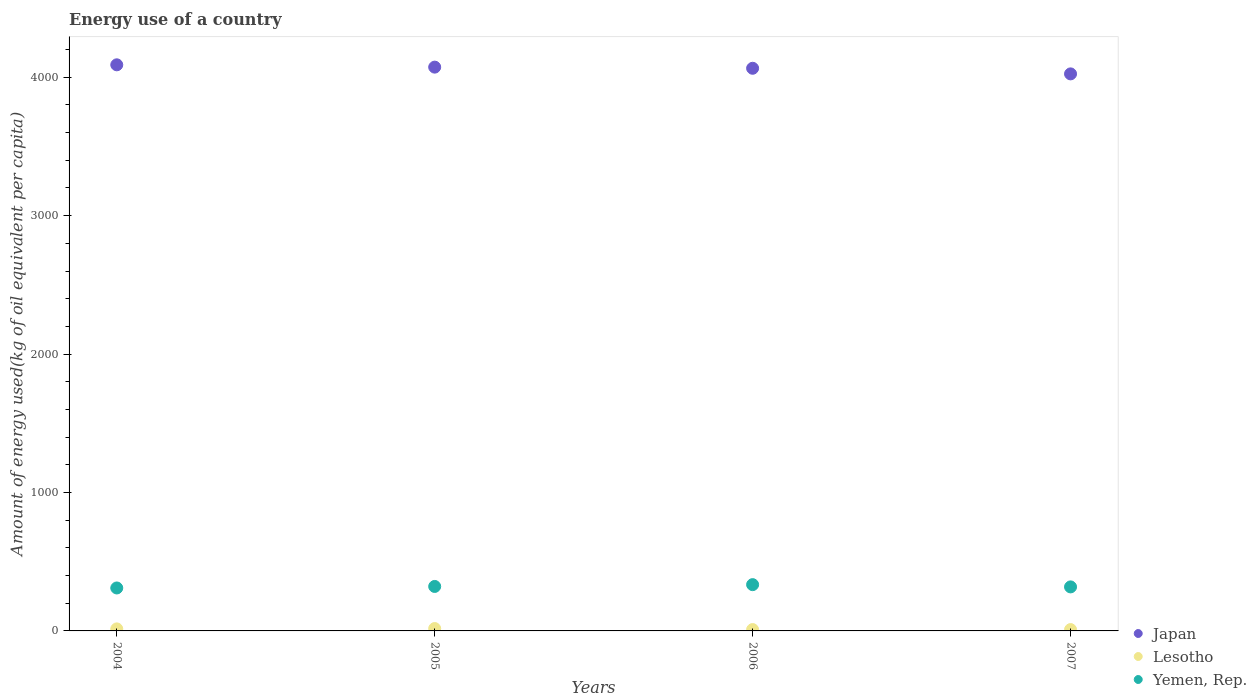
| Years | Japan | Lesotho | Yemen, Rep. |
 | --- | --- | --- | --- |
 | 2004 | 4.09e+03 | 14.6 | 310 |
 | 2005 | 4.07e+03 | 17.1 | 321 |
 | 2006 | 4.06e+03 | 9.79 | 334 |
 | 2007 | 4.02e+03 | 9.72 | 318 |